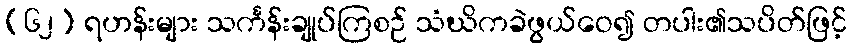
(၆၂) ရဟန်းများ သင်္ကန်းချုပ်ကြစဉ် သံဃိကခဲဖွယ်ဝေ၍ တပါး၏သပိတ်ဖြင့်